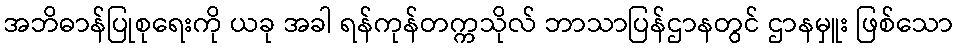
အဘိဓာန်ပြုစုရေးကို ယခု အခါ ရန်ကုန်တက္ကသိုလ် ဘာသာပြန်ဌာနတွင် ဌာနမှူး ဖြစ်သော